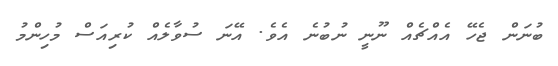
ބުނަން ޖެހޭ އެއްޗެއް ނޫނީ ނުބުނެ އެވެ. އޭނަ ސުވާލެއް ކުރިއަސް މުހިންމު